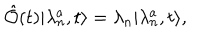
LaTeX: \hat { \cal O } ( t ) \vert \lambda _ { n } ^ { a } , t \rangle = \lambda _ { n } \vert \lambda _ { n } ^ { a } , t \rangle ,